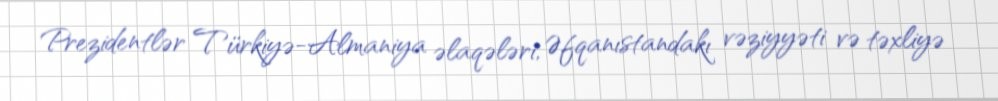
Prezidentlər Türkiyə-Almaniya əlaqələri, Əfqanıstandakı vəziyyəti və təxliyə